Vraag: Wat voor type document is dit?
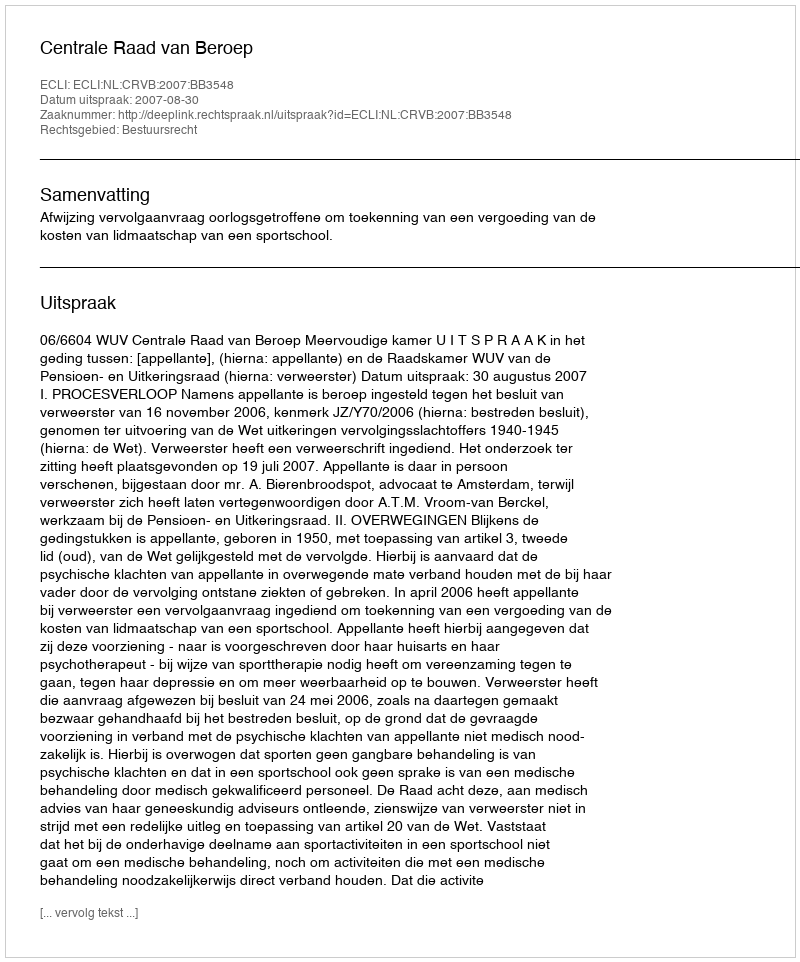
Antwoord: Uitspraak